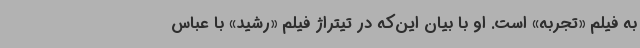
به فیلم «تجربه» است. او با بیان این‌که در تیتراژ فیلم «رشید» با عباس